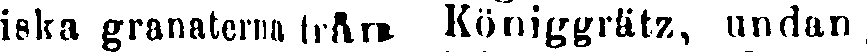
riska granatenm från Königgrätz, undan